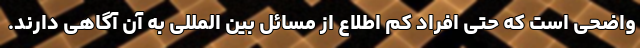
واضحی است که حتی افراد کم اطلاع از مسائل بین المللی به آن آگاهی دارند.